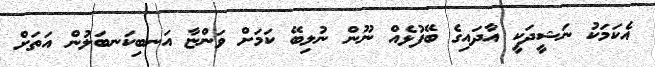
އެކަމަކު ނަޝީދަކީ އާދައިގެ ބޭފުޅެއް ނޫން ނުލިބޭ ކަމަށް ވަންޏާ އަނބިކަނބަލުން އަތަށް